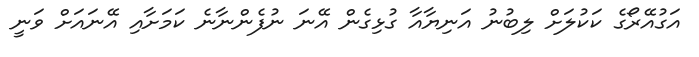
އަގުއޭރޯގެ ކަކުލަށް ލިބުނު އަނިޔާއާ ގުޅިގެން އޭނަ ނުފެންނާނެ ކަމަށާއި އޭނައަށް ވަނީ